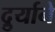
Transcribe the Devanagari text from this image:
दुर्र्याने